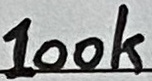
Text: 100k